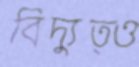
বিদ্যুত্ও